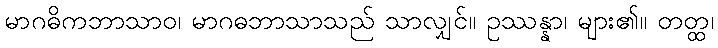
မာဂဓိကဘာသာဝ၊ မာဂဓဘာသာသည် သာလျှင်။ ဥဿန္နာ၊ များ၏။ တတ္ထ၊